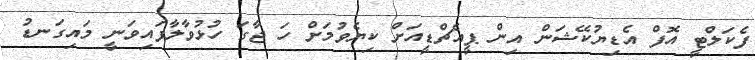
ފެކަލްޓީ އޮފް އެޑިޔުކޭޝަން އިން ޕީއެޗްޑީއަށް ކިޔެވުމަށް ހަ ޖާގަ ހުޅުވާލާފައިވަނީ މައިގަނޑު